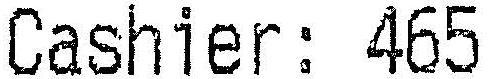
CASHIER: 465